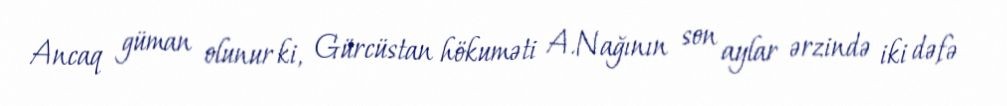
Ancaq güman olunur ki, Gürcüstan hökuməti A.Nağının son aylar ərzində iki dəfə